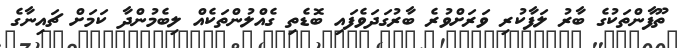
ތޫފާންތަކުގެ ބާރު ލަފާކުރި ވަރަށްވުރެ ބާރުގަދަވެފައި ބޮޑެތި ގެއްލުންތަކެއް ލިބެމުންދާ ކަމަށް ޗައިނާގެ